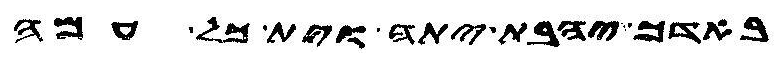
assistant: באדך יהבת יתה וית כל עמה